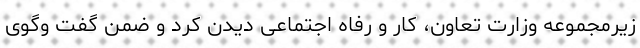
زیرمجموعه وزارت تعاون، کار و رفاه اجتماعی دیدن کرد و ضمن گفت وگوی